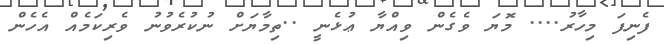
ފެނިފަ މިހާރު.... މޮޔަ ވެގެން ވިއްޔާ ޢުޅެނީ ..ތިމާޔަށް ނުކުރެވުނު ވެރިކަމެއް އެހެން